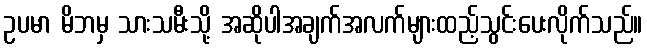
ဥပမာ မိဘမှ သားသမီးသို့ အဆိုပါအချက်အလက်များထည့်သွင်းပေးလိုက်သည်။